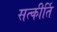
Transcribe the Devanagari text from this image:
सत्कीर्ति